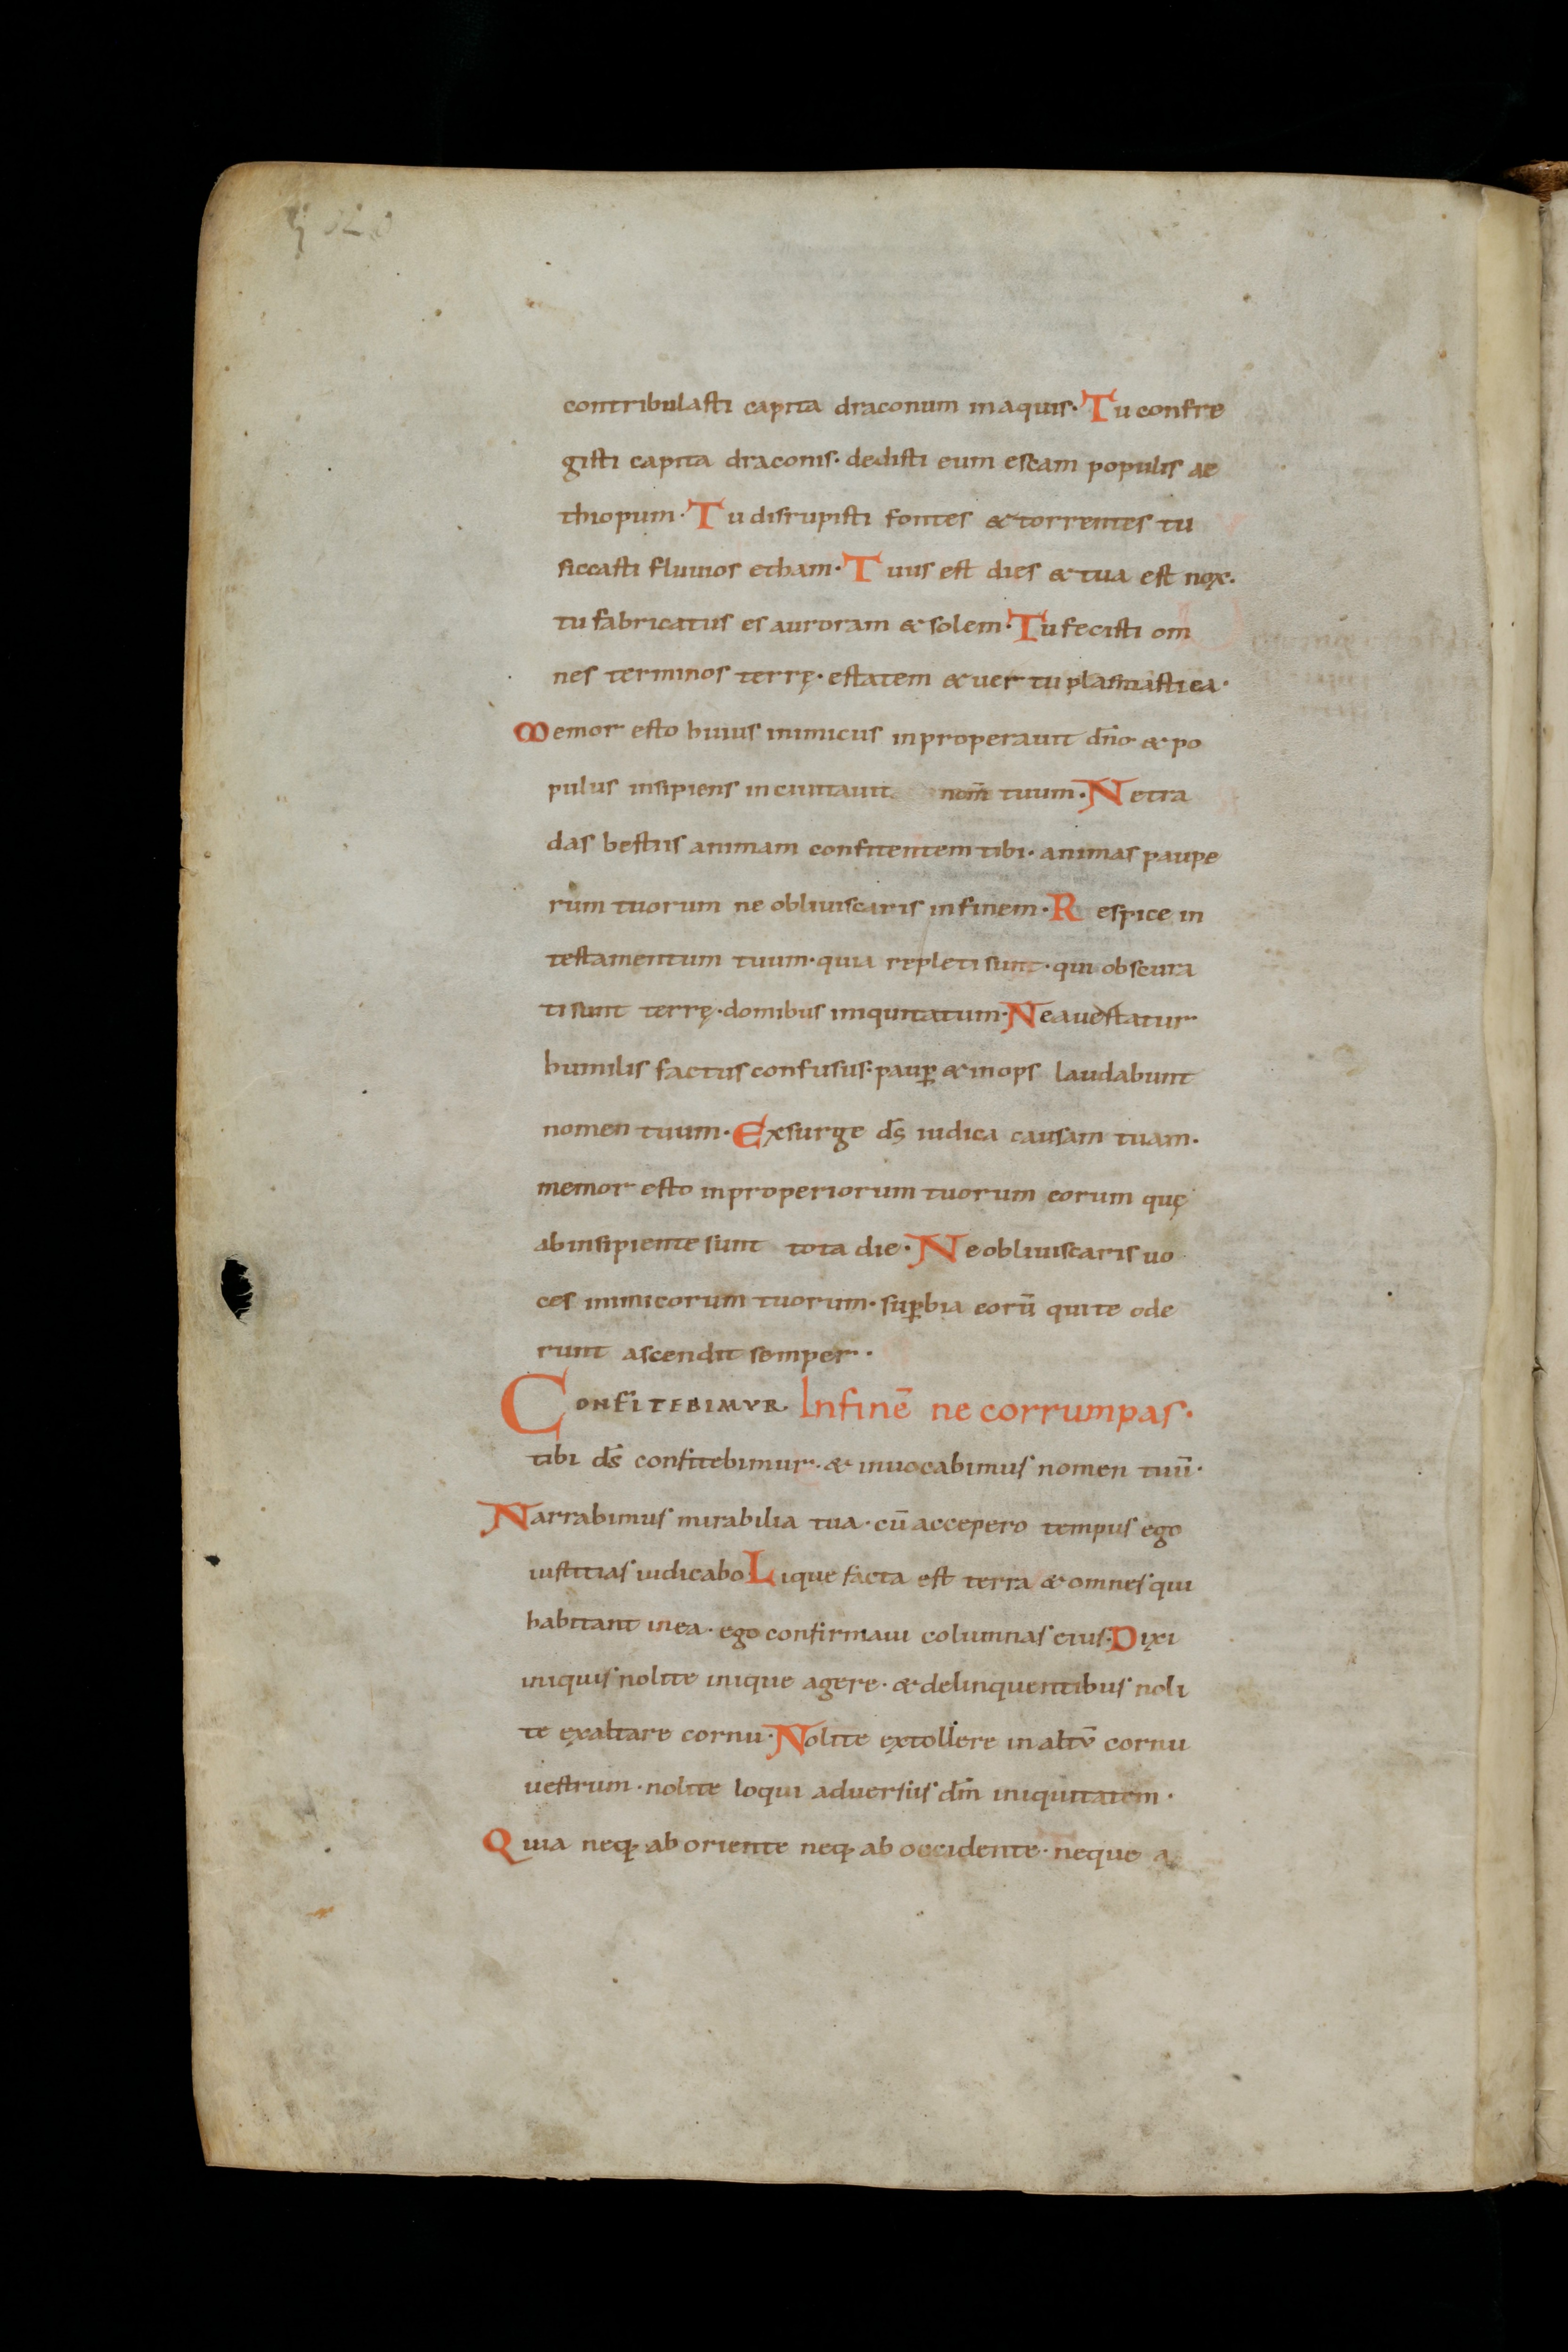
Shelfmark: St. Gallen, Stiftsbibliothek, Cod. Sang. 18
Century: 10